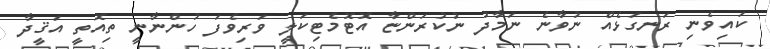
ކައިވެނި ރަނގަޅެއް ނުވާނެ ނަމާދު ނުކުރަންޏާ އޮޓޮމެޓިކަލީ ވަރިވެފަ ހުންނާނީ ތިއޮތީ އަޤީދާ